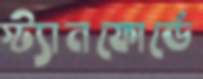
স্ট্যানফোর্ডে